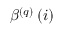
\beta ^ { \left( q \right) } \left( i \right)